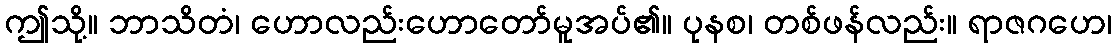
ဤသို့။ ဘာသိတံ၊ ဟောလည်းဟောတော်မူအပ်၏။ ပုနစ၊ တစ်ဖန်လည်း။ ရာဇဂဟေ၊